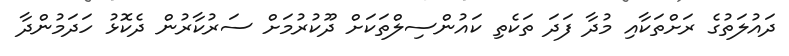
ދައުލަތުގެ ރަށްތަކާއި މުދާ ފަދަ ތަކެތި ކައުންސިލްތަކަށް ދޫކުރުމަށް ސަރުކާރުން ދެކޮޅު ހަދަމުންދާ